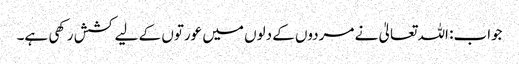
جواب: اللہ تعالیٰ نے مردوں کے دلوں میں عورتوں کے لیے کشش رکھی ہے۔